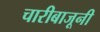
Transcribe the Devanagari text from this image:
चारीबाजूनी